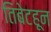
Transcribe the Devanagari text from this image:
तिबेटहून